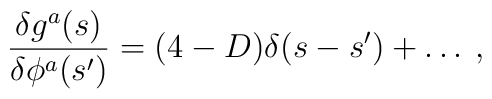
\frac{\delta g^{a}(s)}{\delta \phi ^{a}(s')}=(4-D)\delta (s-s')+\ldots \: ,